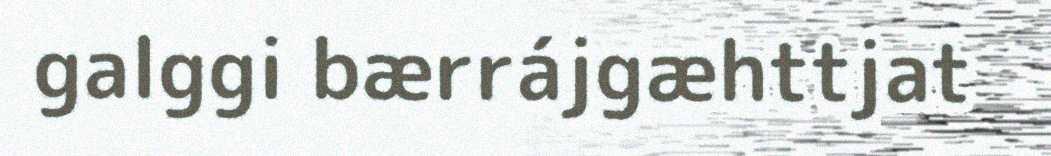
galggi bærrájgæhttjat